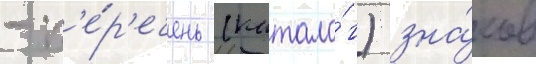
- п'е́р'ечень (катало́г) зна́ков